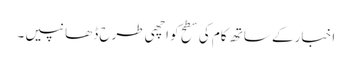
اخبار کے ساتھ کام کی سطح کو اچھی طرح ڈھانپیں۔